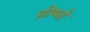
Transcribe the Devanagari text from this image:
ग्रीष्मो